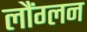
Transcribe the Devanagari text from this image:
लौंग्लन